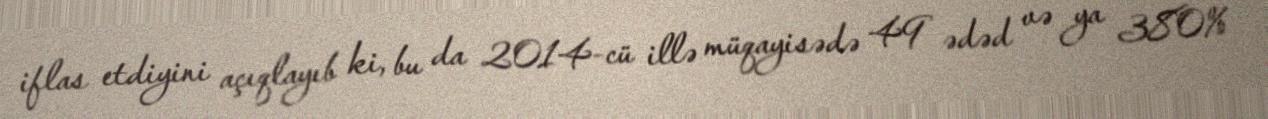
iflas etdiyini açıqlayıb ki, bu da 2014-cü illə müqayisədə 49 ədəd və ya 380%